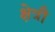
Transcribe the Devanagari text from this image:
क्षेत्रौ